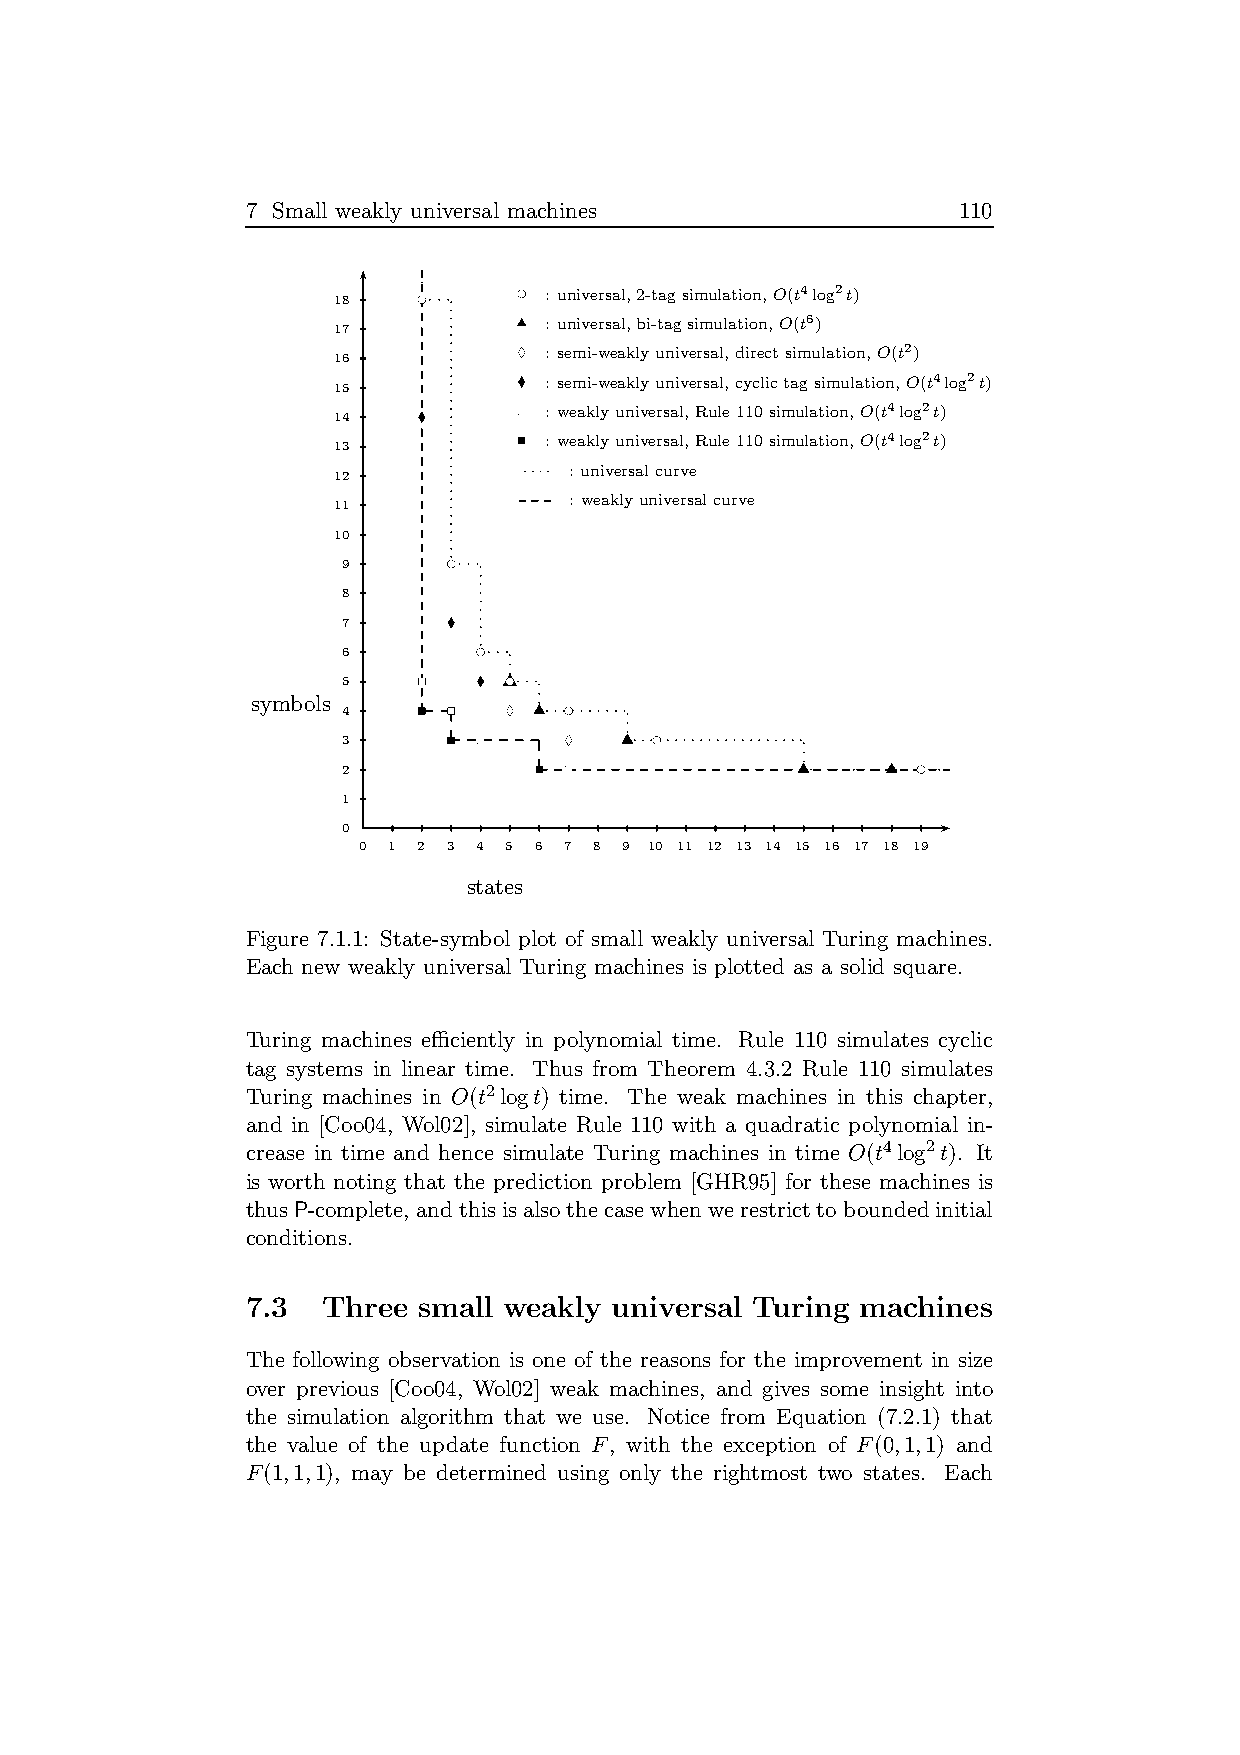
7 Small weakly universal machines              110
 18    bc     bc : universal,2-tagsimulation,O(t4log2t)
 17           u : universal,bi-tagsimulation,O(t6)
 16           ld : semi-weaklyuniversal,directsimulation,O(t2)
 15           l : semi-weaklyuniversal,cyclictagsimulation,O(t4log2t)
 14    l      rs : weaklyuniversal,Rule110simulation,O(t4log2t)
 13           r : weaklyuniversal,Rule110simulation,O(t4log2t)
 : universalcurve
 12
 : weaklyuniversalcurve
 11
 10
 9      bc
 8
 7      l
 6        bc
 5    rs  l bcu
 symbols
 4    r rs  ld u bc
 3      r rs    ld  u bc
 2            r rs             u     u bc
 1
 0
 0 1 2 3 4 5 6 7 8 9 10 11 12 13 14 15 16 17 18 19
 states
 Figure 7.1.1: State-symbol plot of small weakly universal Turing machines.
 Each new weakly universal Turing machines is plotted as a solid square.
 Turing machines efficiently in polynomial time. Rule 110 simulates cyclic
 tag systems in linear time. Thus from Theorem 4.3.2 Rule 110 simulates
 Turing machines in O(t2logt) time. The weak machines in this chapter,
 and in [Coo04, Wol02], simulate Rule 110 with a quadratic polynomial in-
 crease in time and hence simulate Turing machines in time O(t4log2t). It
 is worth noting that the prediction problem [GHR95] for these machines is
 thusP-complete, andthisisalsothecasewhenwerestricttoboundedinitial
 conditions.
 7.3  Three  small weakly universal Turing machines
 The following observation is one of the reasons for the improvement in size
 over previous [Coo04, Wol02] weak machines, and gives some insight into
 the simulation algorithm that we use. Notice from Equation (7.2.1) that
 the value of the update function F, with the exception of F(0,1,1) and
 F(1,1,1), may be determined using only the rightmost two states. Each